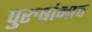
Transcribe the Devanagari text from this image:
पुरुषांनाच